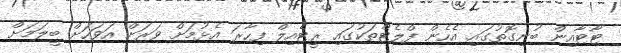
ޓާޓާއިން ބުނިގޮތުގައި އެހެން ފްލެޓްތަކުގައި ރީޓެއިލް ފިހާރަ އެޅުމަށް ވަރަށް އަވަހަށް ބީލަމަށް